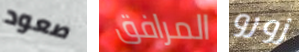
صعود المرافق زورو